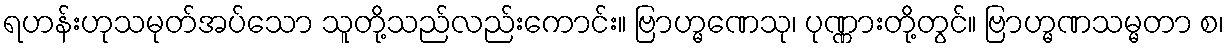
ရဟန်းဟုသမုတ်အပ်သော သူတို့သည်လည်းကောင်း။ ဗြာဟ္မဏေသု၊ ပုဏ္ဏားတို့တွင်။ ဗြာဟ္မဏသမ္မတာ စ၊